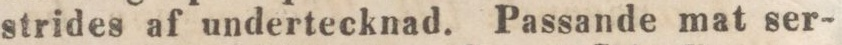
strides af undertecknad. Passande mat ser-